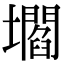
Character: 壛